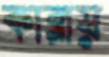
কারায়